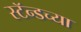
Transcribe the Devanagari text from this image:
स्टॅन्डच्या